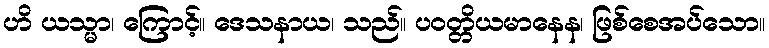
ဟိ ယသ္မာ၊ ကြောင့်။ ဒေသနာယ၊ သည်။ ပဝတ္တိယမာနေန၊ ဖြစ်စေအပ်သော။